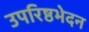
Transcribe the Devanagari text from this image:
उपरिष्ठभेदन